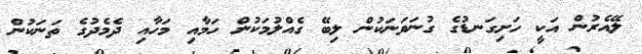
ލޭއެރުން އަކީ ހަށިގަނޑުގެ ގުނަވަނަކުން ލިބޭ ގެއްލުމަކުން ހަމާއި މަހާއި ދެމެދުގެ ތަނަކުން